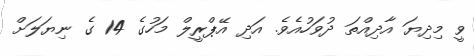
ވީ މިދިޔަ އާދިއްތަ ދުވަހުއެވެ. އަދި އޭޕްރީލް މަހުގެ 14 ގެ ނިޔަލަށް